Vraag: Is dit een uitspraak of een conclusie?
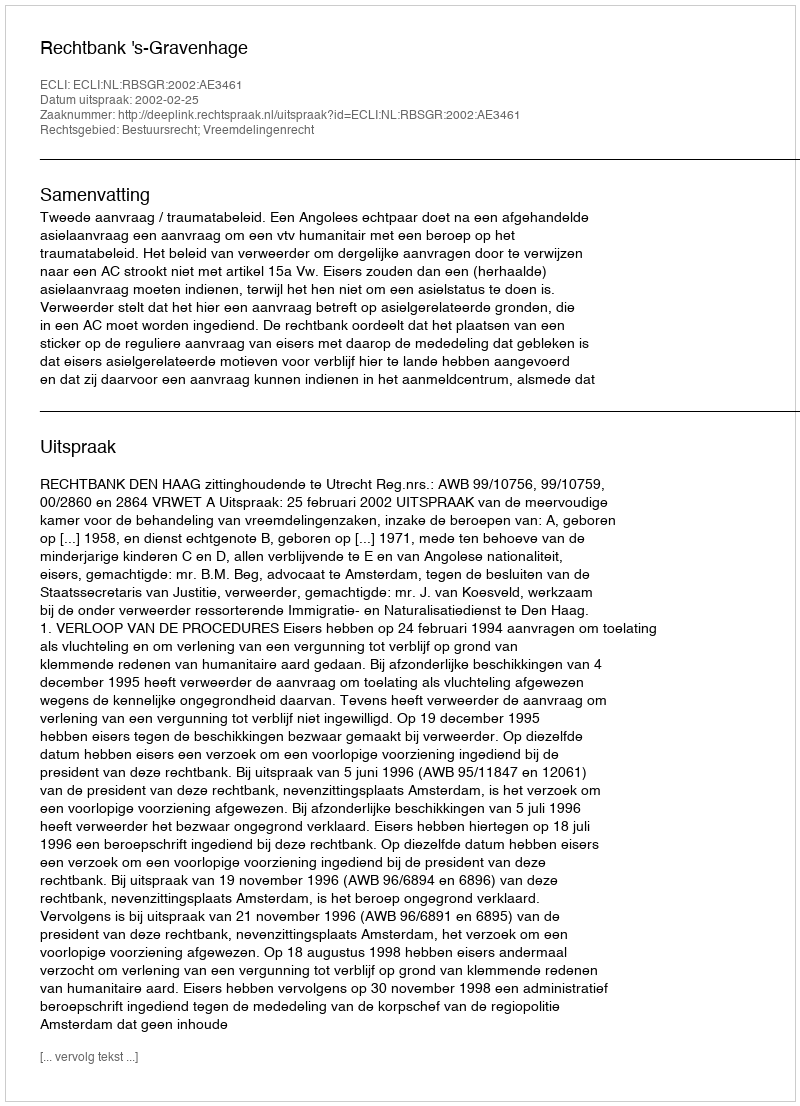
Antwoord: Uitspraak